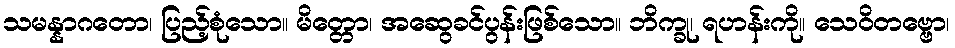
သမန္နာဂတော၊ ပြည့်စုံသော။ မိတ္တော၊ အဆွေခင်ပွန်းဖြစ်သော။ ဘိက္ခု၊ ရဟန်းကို။ သေဝိတဗ္ဗော၊